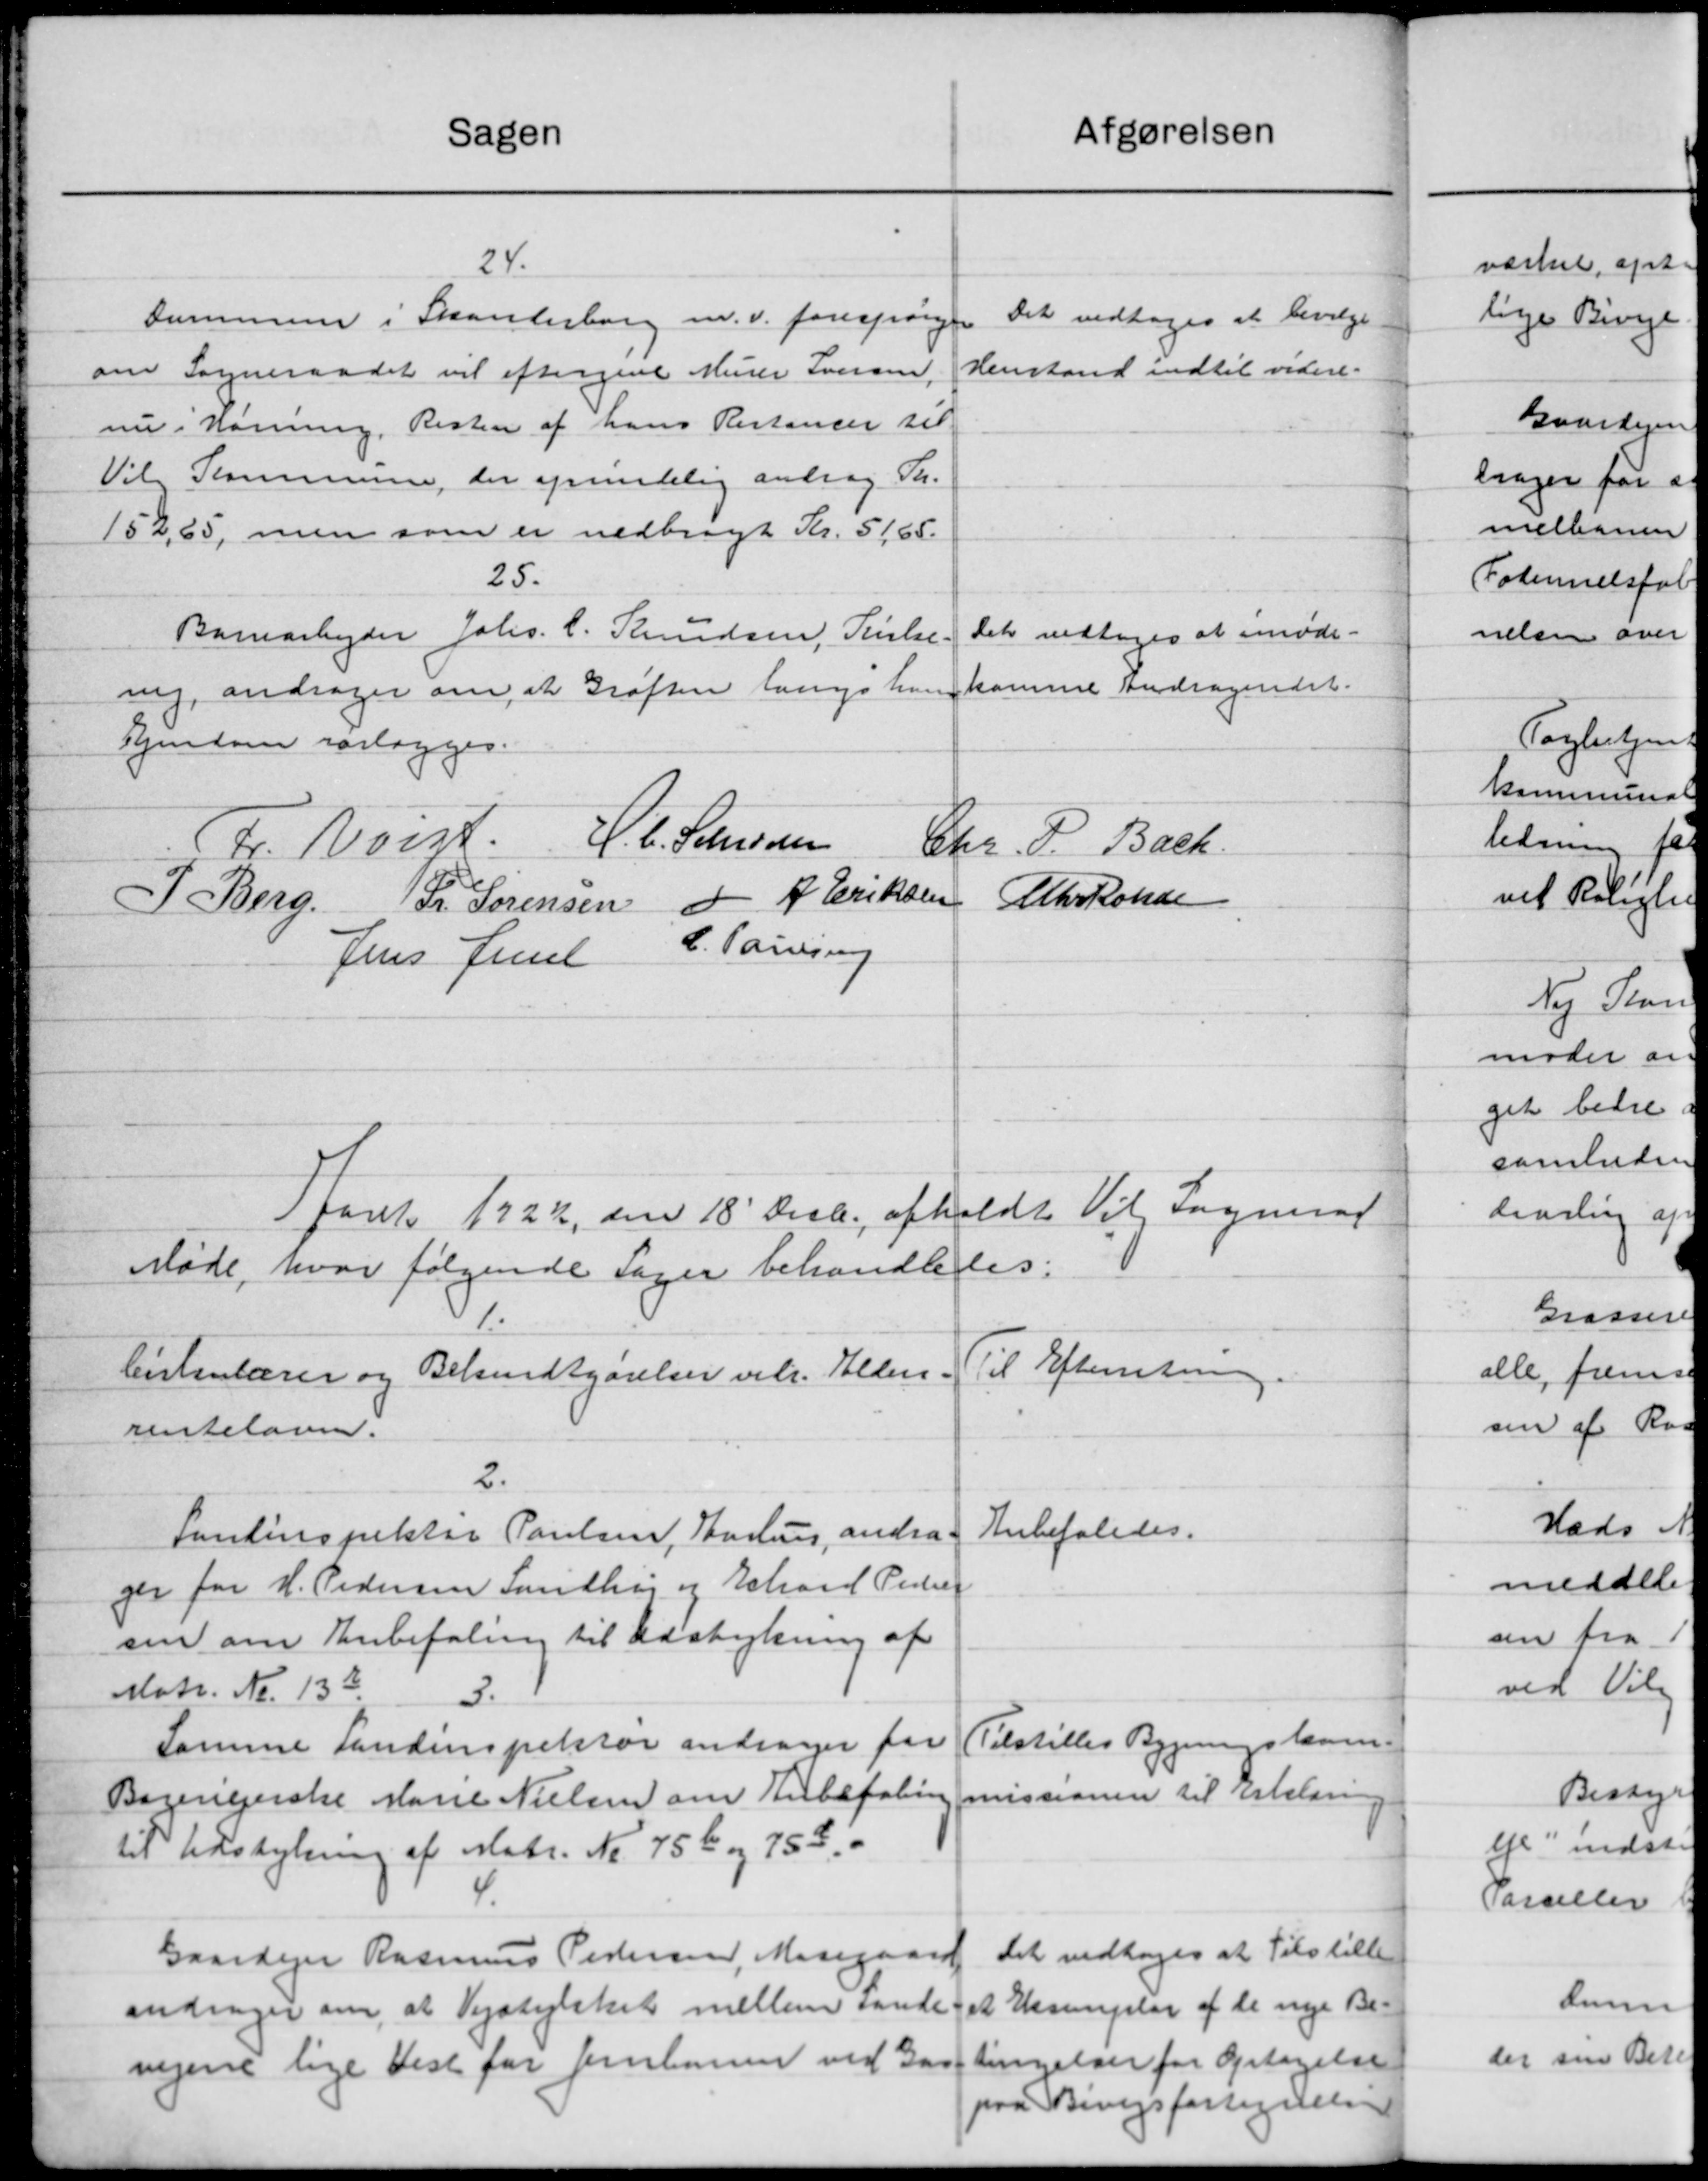
Transskription:
afgørelsen
Sagen
24.
Det vedtoges at bevilge
Sommen i Skanderborg m.v. forespørge
Henstand indtil videre.
om Sogneraadet vil eftergive Murer Iversen,
nu i Honning. Resten af hans Restancer til
Til Kommunen, der oprindelig andrag Th.
152,65, men som er nedbragt Kr. 5165.
25.
Barnarbejder Johs. C. Knudsen, Nielse.
Det vedtoges at imøde.
kamme Andragendet.
ing, andrager om at Grøften langs hans
Ejendom forlægges.
C. C. Schersen
Fr. Veist.
Chr. P. Bach.
-
Chr Rande
P Berg. Fr. Sørensen d A. Eriksen
C. Pauling
Jens Jense
Aaret 1922 den 18' Decb. afholdt Vil Sogneraad
fles:
Møde, hvor følgende Sager behandle
1.
Til Efterretning
Cirkulærer og Bekendtgørelser vedr. Alders
rentelovn.
2.
Anbefaledes.
Santinspektør Poulsen, Aarhus andra
ger for H. Pedersen Sundhøj og Echard Peders
sen om Anbefaling til Udstykning af
Matr. Nr. 133.
3.
Tilstilles Bygningslaane
Samme Landinspektør andrager for
missionen til Erklæring
Bagevejerske Marie Nielsen om Anbefaling
til Udstykning af Matr. Nr. 756 og 758.
4.
Det vedtoges at Tilstille
Gaardejer Rasmus Pedersen, Mosegaard
et Eksemplar af de nye Be=
andrager om, at Vejstykket mellem sande
tingelser for Optagelse
vejene lige Vest for Jernbanen ved Gaa
paa Bingsfortegnelse